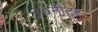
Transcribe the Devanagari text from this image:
३०मीटर